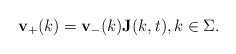
\begin{align*}\mathbf{v}_{+}(k)=\mathbf{v}_{-}(k)\mathbf{J}(k,t),k\in\Sigma.\end{align*}